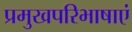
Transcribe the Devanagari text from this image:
प्रमुखपरिभाषाएं